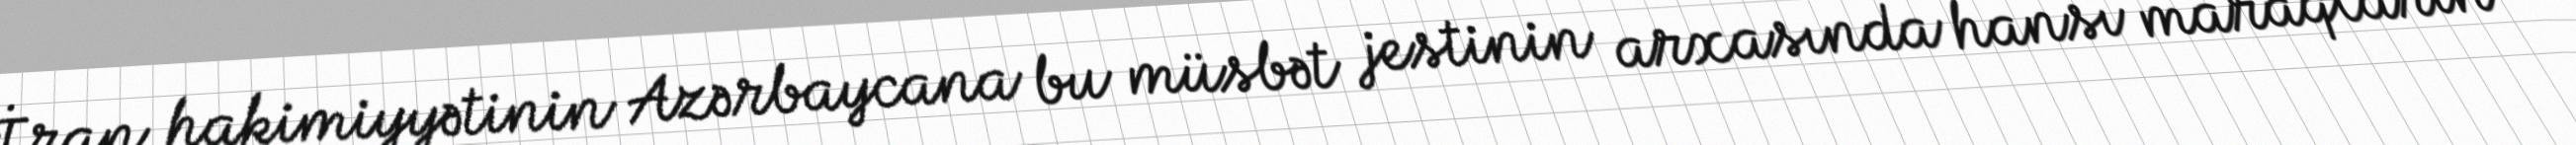
İran hakimiyyətinin Azərbaycana bu müsbət jestinin arxasında hansı maraqların